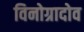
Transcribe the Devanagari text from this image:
विनोग्रादोव